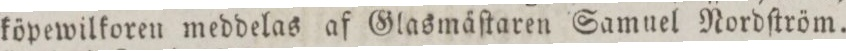
köpewilkoren meddelas af Glasmäſtaren Samuel Nordſtröm.